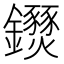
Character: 𨰖